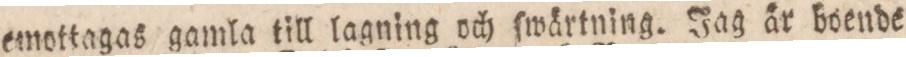
emottagas gamla till lagning och ſwärtning. Jag är boende